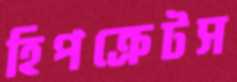
হিপক্রেটস